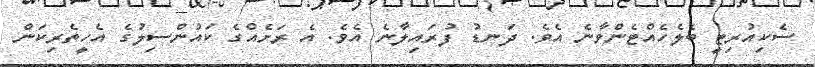
ސެކިއުރިޓީ ބެލެހެއްޓެންވާނެ އެވެ. ދަނޑު ފުރައިލާނެ އެވެ. އެ ރަށެއްގެ ކައުންސިލުގެ އެހީތެރިކަން